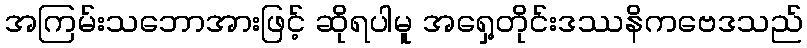
အကြမ်းသဘောအားဖြင့် ဆိုရပါမူ အရှေ့တိုင်းဒဿနိကဗေဒသည်